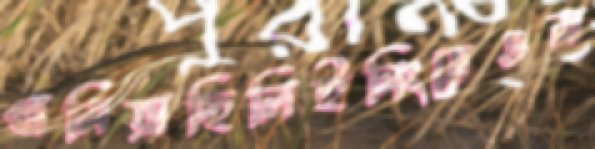
থামিয়াছিলিইনিংসেওম